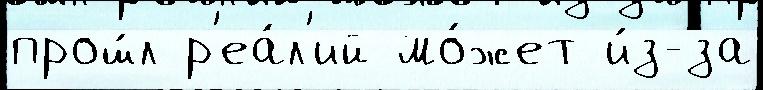
прош́л р'еа́л'ий мо́жет и́з-за